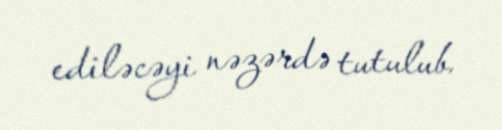
ediləcəyi nəzərdə tutulub.